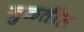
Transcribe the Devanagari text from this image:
जुळतील